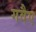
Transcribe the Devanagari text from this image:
गवैए